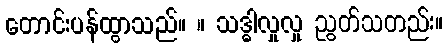
တောင်းပန်ထွာသည်။ ။ သဒ္ဓါလှုလှု ညွတ်သတည်း။